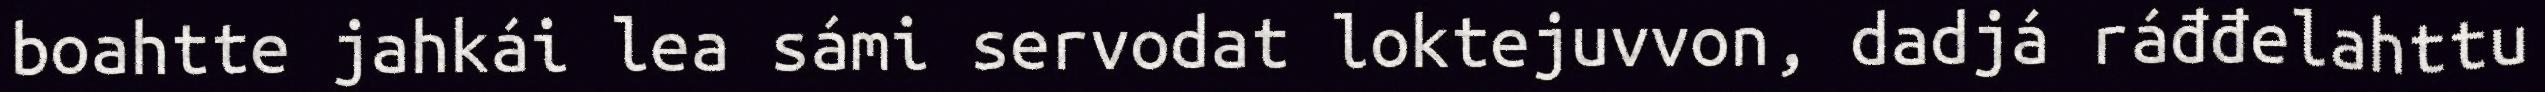
boahtte jahkái lea sámi servodat loktejuvvon, dadjá ráđđelahttu